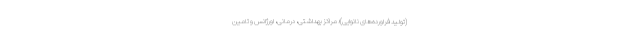
(تولید فراورده‌های نانوایی)؛ مراکز بهداشتی، درمانی، اورژانس و تامین